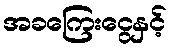
အခကြေးငွေနှင့်